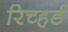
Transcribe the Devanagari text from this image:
रिच्हर्ड